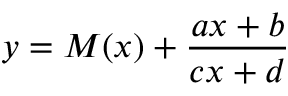
y = M ( x ) + { \frac { a x + b } { c x + d } }